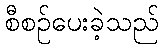
စီစဉ်ပေးခဲ့သည်